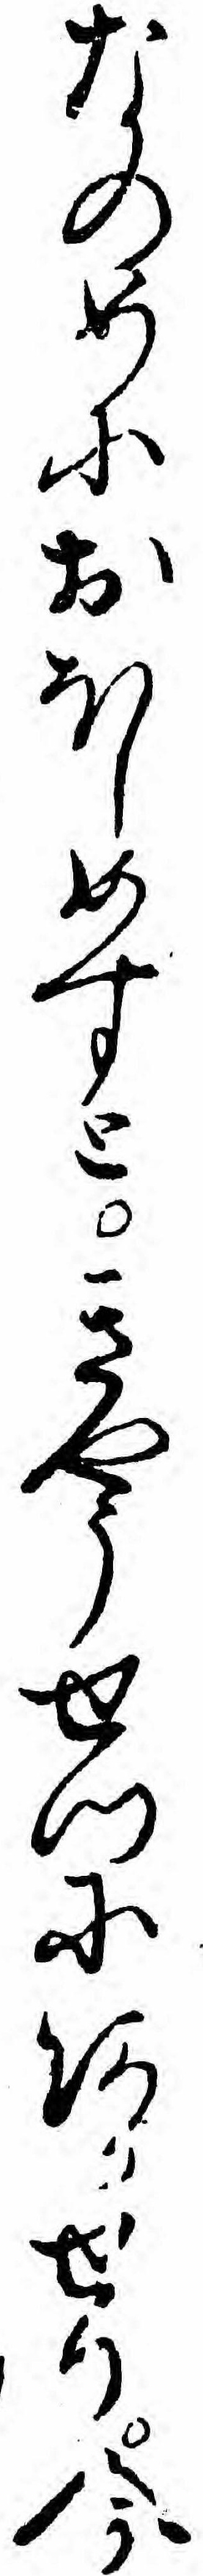
なのめにおほしめすときやうせつにあかせり今